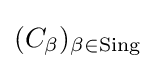
(C_{\beta })_{\beta \in \mathrm {Sing} }